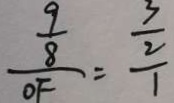
\frac { \frac { 9 } { 8 } } { O F } = \frac { \frac { 3 } { 2 } } { 1 }